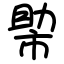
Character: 𢄂